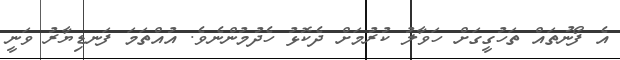
އެ ފޯނުތައް ތަހުގީގަށް ހަވާލު ކުރުމަށް ދެކޮޅު ހެދުމުންނެވެ. އުއްތަމަ ފަނޑިޔާރު ވަނީ